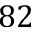
8 2